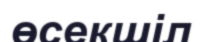
өсекшіл